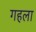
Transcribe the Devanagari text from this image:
गहला